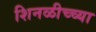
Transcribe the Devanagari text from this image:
शिनळीच्च्या